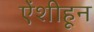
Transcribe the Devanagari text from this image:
ऐंशीहून